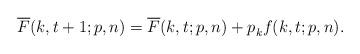
LaTeX: \begin{align*}\overline{F}(k,t+1;p,n) = \overline{F}(k,t;p,n) + p_{k}^{} f(k,t;p,n).\end{align*}